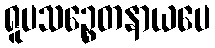
ရူပသဉ္စေတနာယပေ